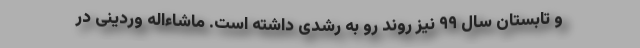
و تابستان سال ۹۹ نیز روند رو به رشدی داشته است. ماشاءاله وردینی در